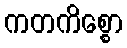
ကတကိစ္စော